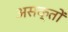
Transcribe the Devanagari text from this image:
असक्तों